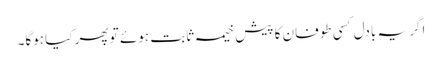
اگر یہ بادل کسی طوفان کا پیش خیمہ ثابت ہوئے تو پھر کیا ہوگا۔